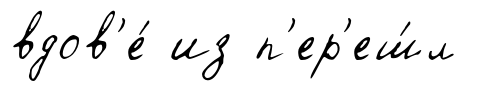
вдов'е́ из п'ер'еш́л